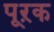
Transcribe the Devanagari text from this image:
पूऱक